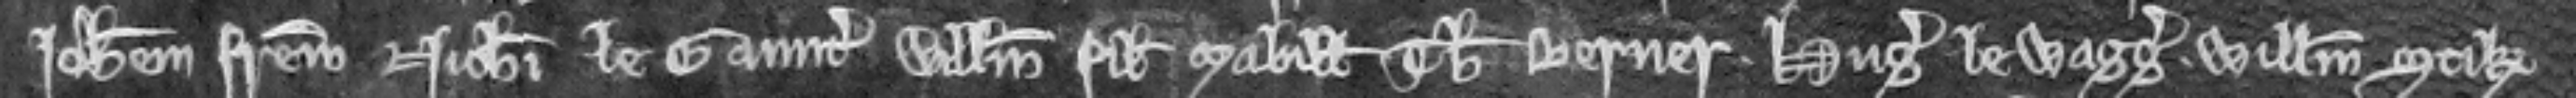
Johannem fratrem Nicholai le Gaunter Willelmum filium Mabille Thomam Berner Hugonem le Wagg Willelmum Stik